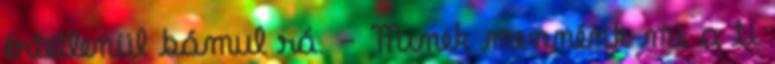
értetlenül bámul rá. - Minek mennénk mi a ti